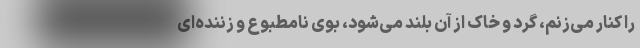
را کنار می‌زنم، گرد و خاک از آن بلند می‌شود، بوی نامطبوع و زننده‌ای